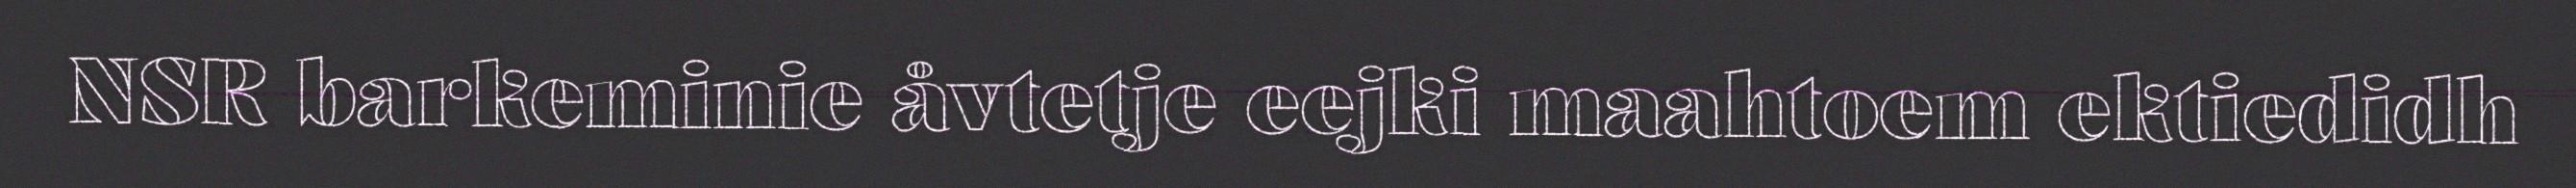
NSR barkeminie åvtetje eejki maahtoem ektiedidh